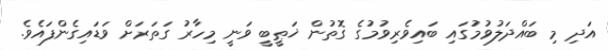
އަދި މި ބައްދަލުވުމުގައި ބައިވެރިވުމުގެ ގޮތުން ޚަޠީބީ ވަނީ މިހާރު ގަތަރަށް ވަޑައިގެންފައެވެ.